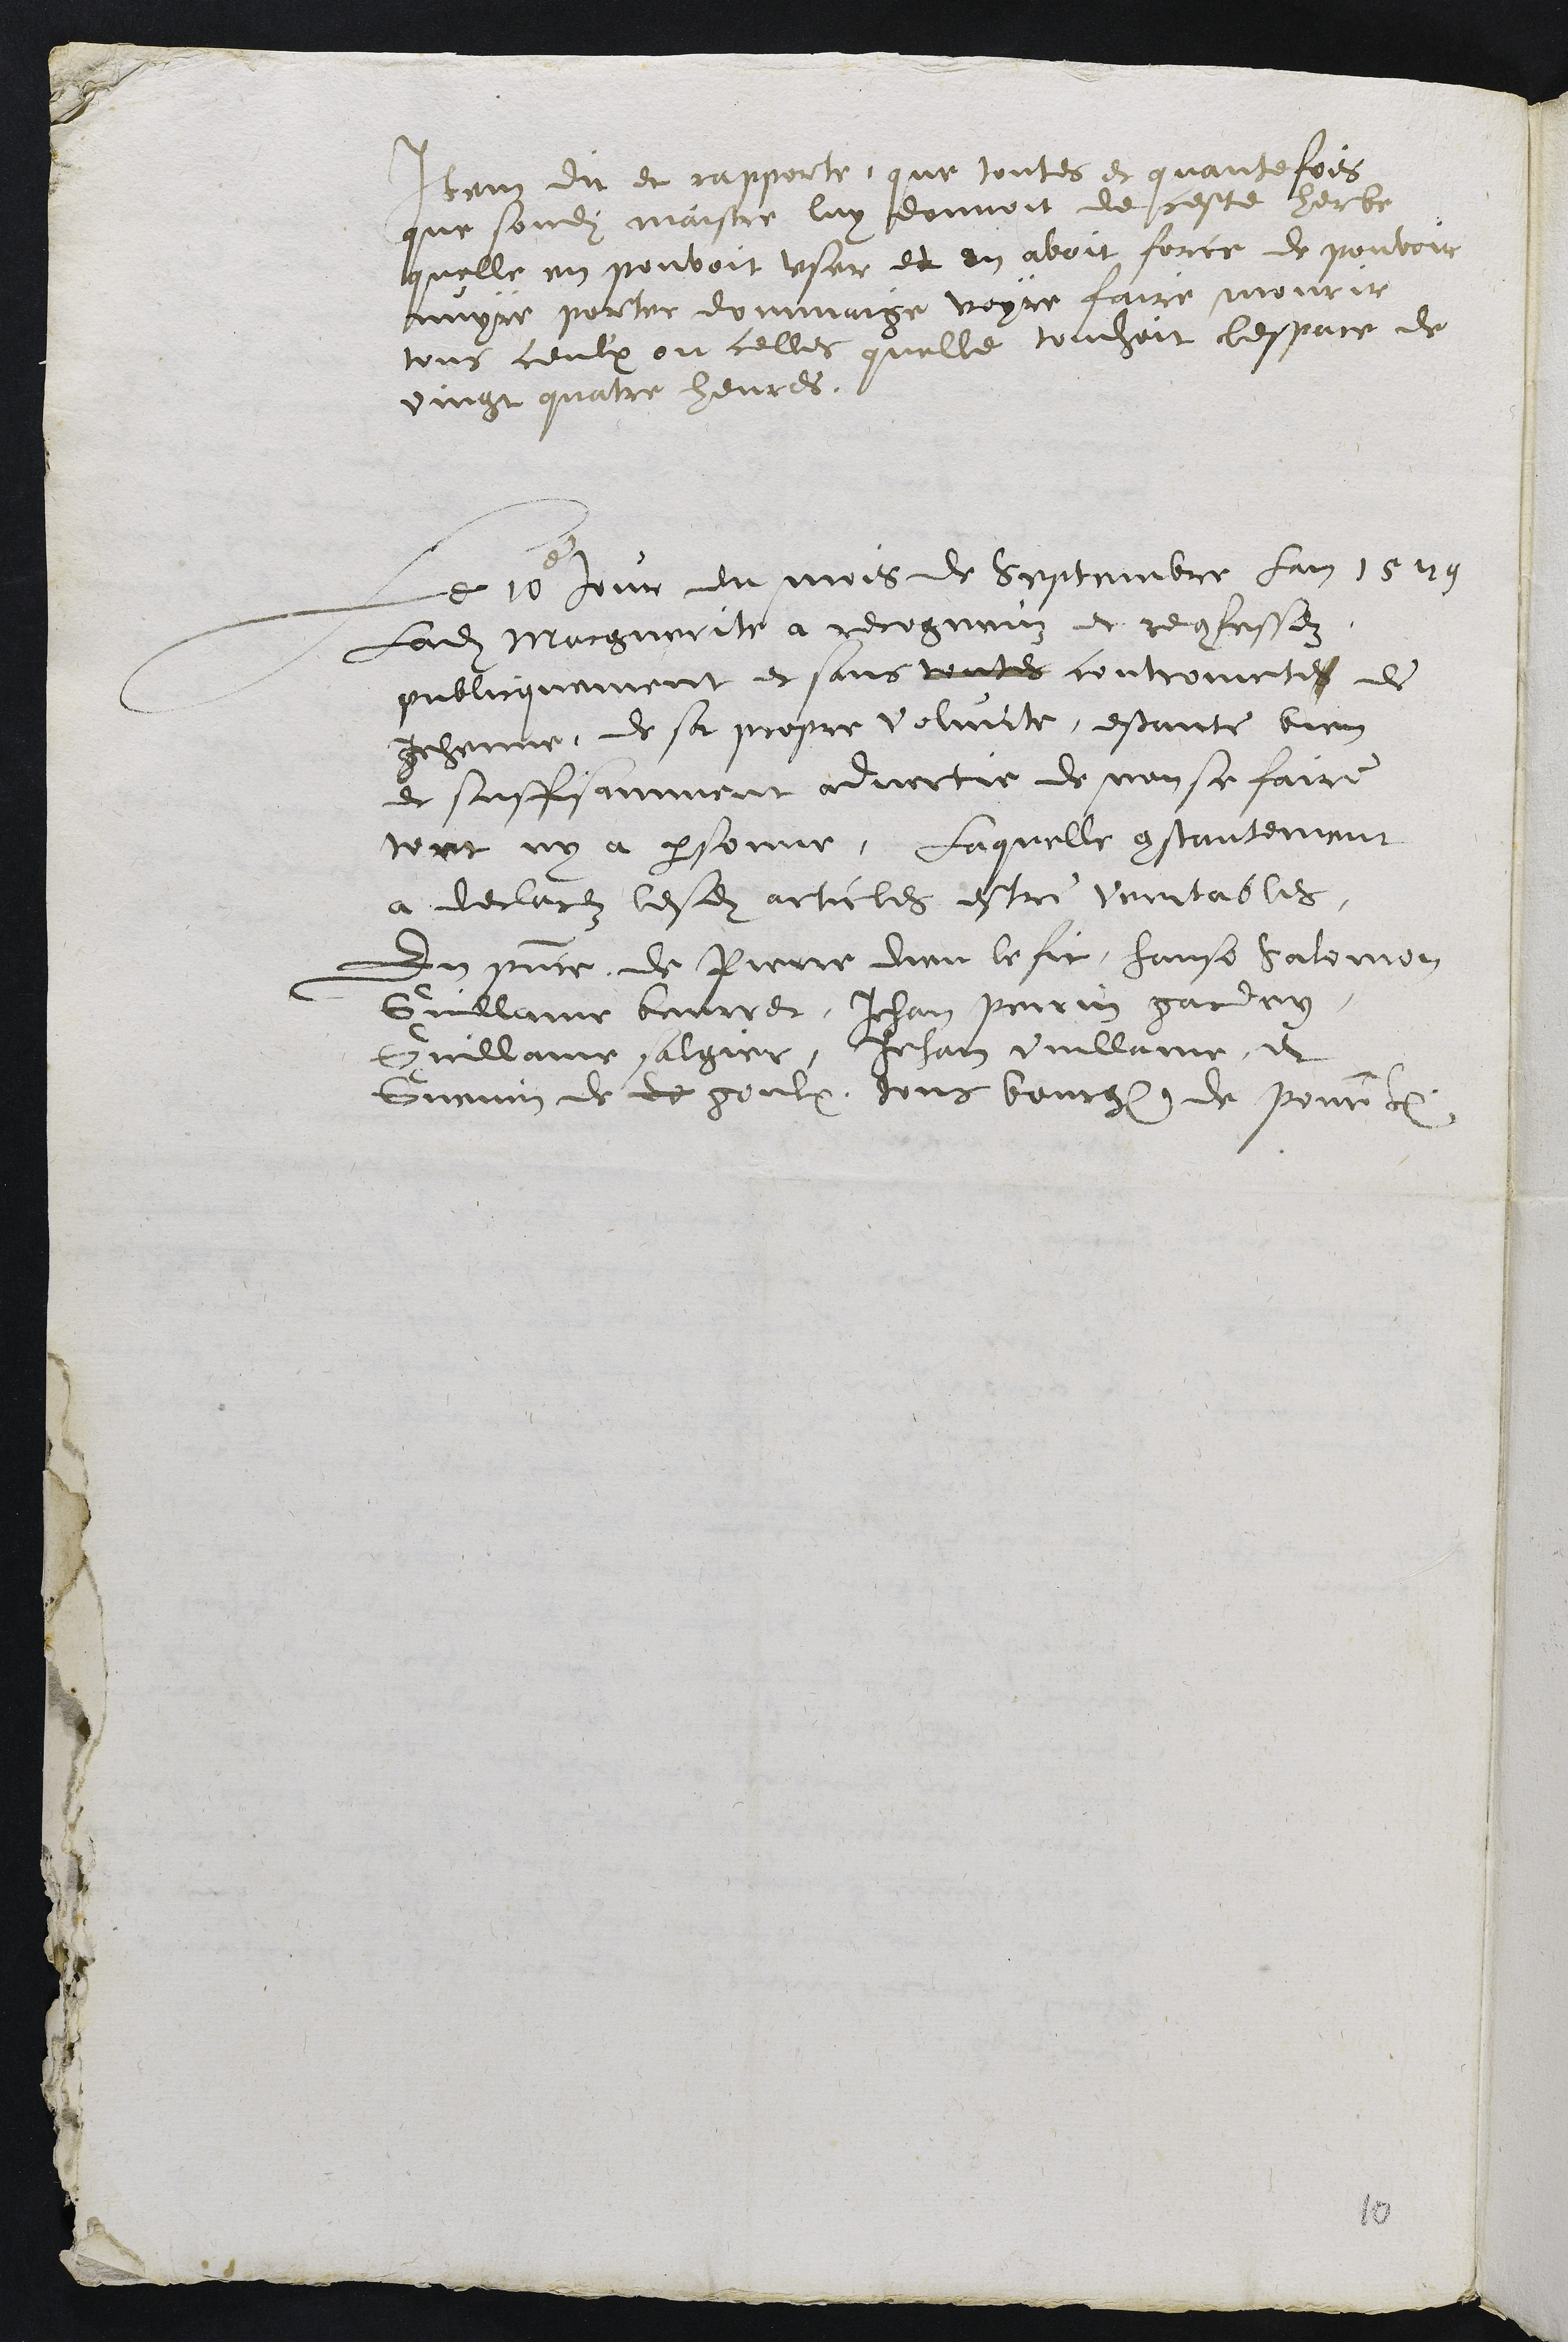
Item dit et rapporte, que toutes et quantefois
que sondit maistre luy donnoit de ceste herbe,
quelle en pouvoit user et en avoit force de pouvoir
nuyre porter dommaige voyre faire mourir
tous ceulx ou celles quelle touchoit lespace de
vingt quatre heures.
Le 10e jour du mois de septembre lan 1579
Ladite Marguerite a recogneuz et reconfessez
publicquement et sans toutes controinctes de
gehenne, de sa propre volunte, estante bien
et suffisamment advertie de non se faire
tort ny à personne, Laquelle constantement
a declarez lesdits articles estre Veritables,
En presence de Pierre dieu le fit, Hanso Salomon
Guillame beurret, Jehan Perrin gardey,
Guillame salgier, Jehan Vuillame, et
Guenin de de goulx, tous bourgeois de Pourrentruy.

10